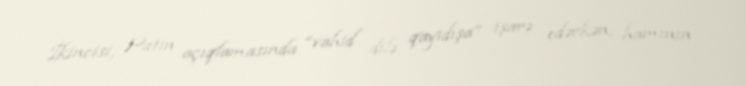
İkincisi, Putin açıqlamasında “vahid dilə qayıdışa” işarə edərkən, hamının